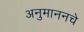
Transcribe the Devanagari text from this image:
अनुमाननचे